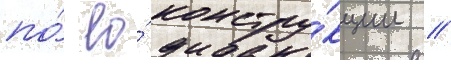
по́ ео́ констру́кции //